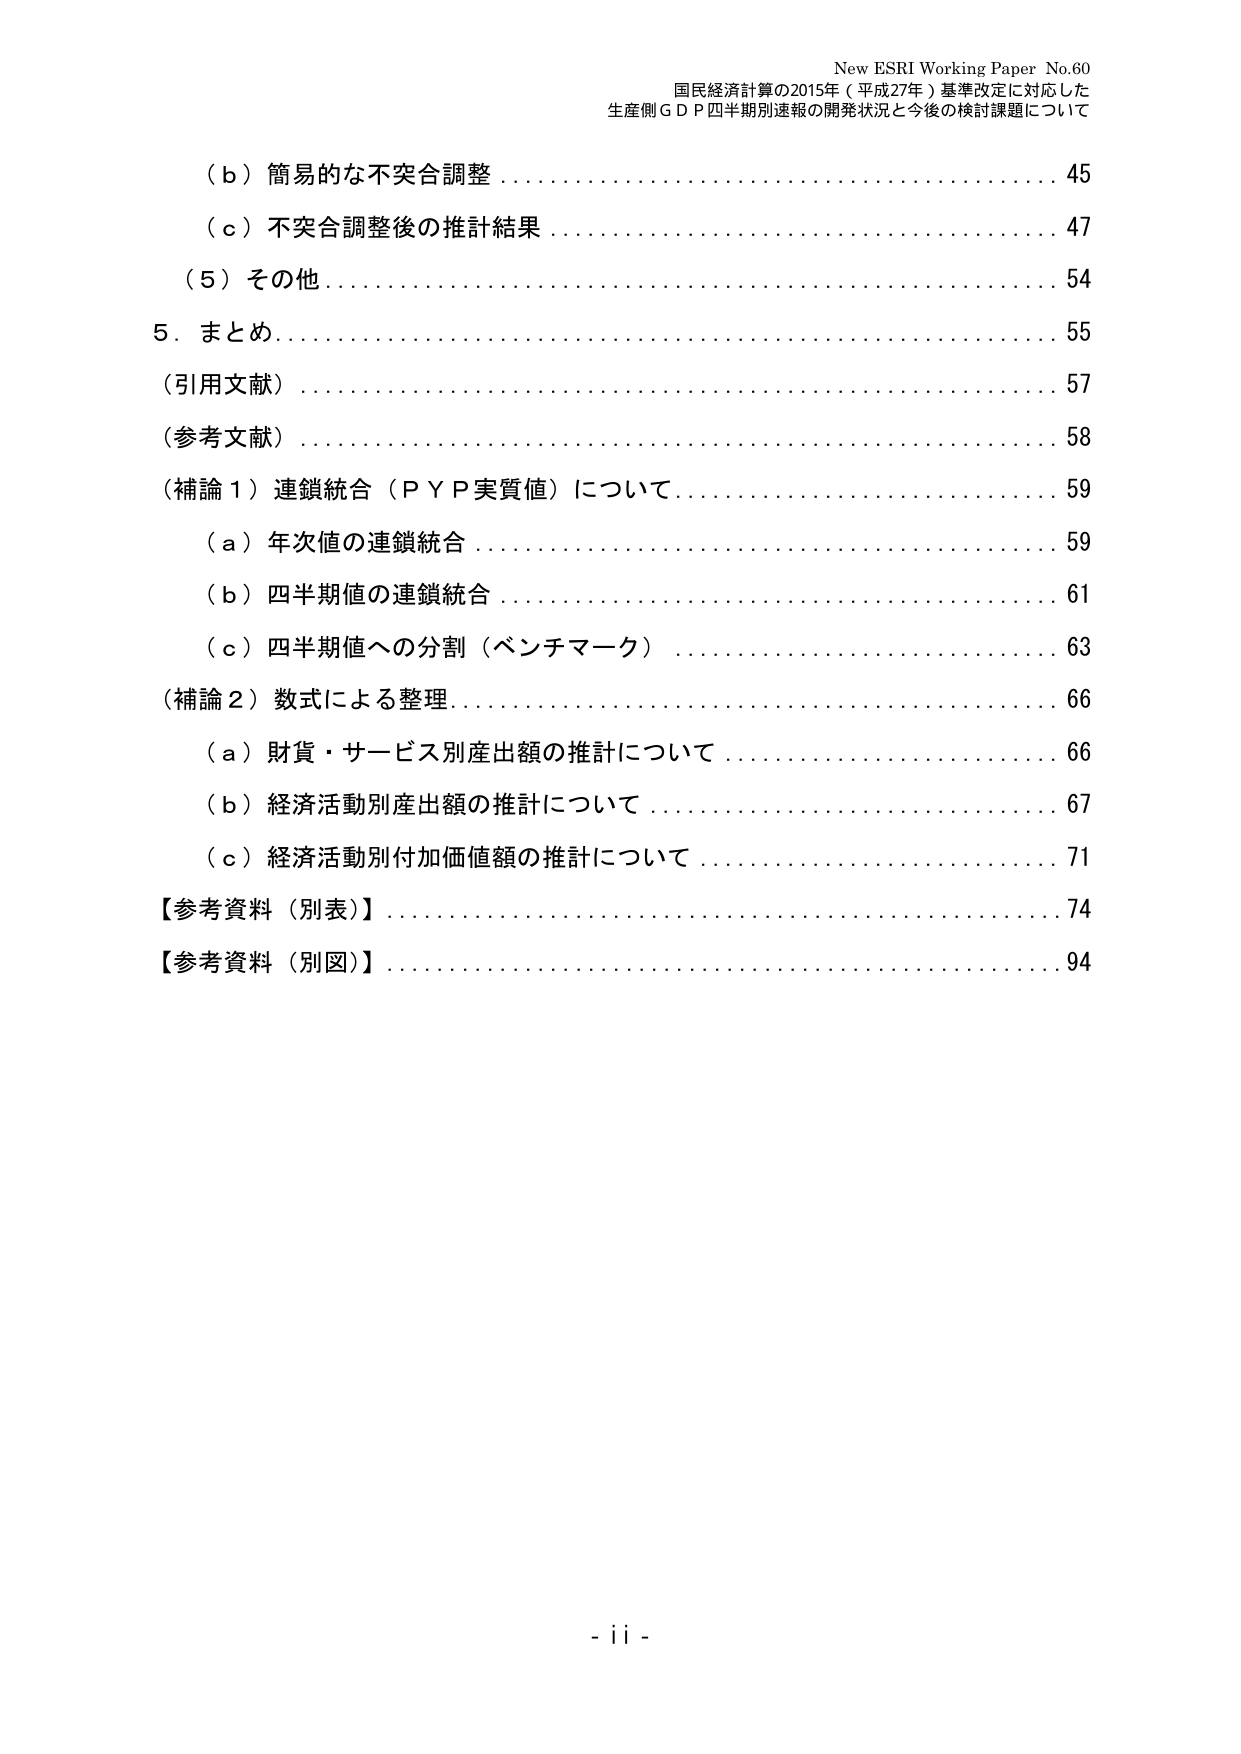
New ESRI Working Paper No.60
国民経済計算の2015年（平成27年）基準改定に対応した
生産側ＧＤＰ四半期別速報の開発状況と今後の検討課題について

（ｂ）簡易的な不突合調整................................. 45
（ｃ）不突合調整後の推計結果............................. 47
（５）その他................................................ 54
５．まとめ................................................... 55
（引用文献）............................................... 57
（参考文献）............................................... 58
（補論１）連鎖統合（ＰＹＰ実質値）について............... 59
　（ａ）年次値の連鎖統合................................. 59
　（ｂ）四半期値の連鎖統合............................... 61
　（ｃ）四半期値への分割（ベンチマーク）................. 63
（補論２）数式による整理.................................. 66
　（ａ）財貨・サービス別産出額の推計について............. 66
　（ｂ）経済活動別産出額の推計について.................. 67
　（ｃ）経済活動別付加価値額の推計について.............. 71
【参考資料（別表）】...................................... 74
【参考資料（別図）】...................................... 94

- ii -